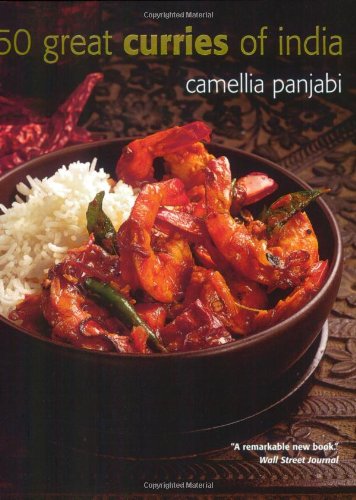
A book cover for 50 Great Curries of India; Camellia Panjabi; Cookbooks, Food & Wine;